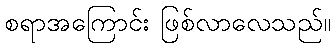
စရာအကြောင်း ဖြစ်လာလေသည်။